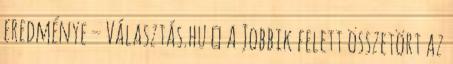
eredménye – Választás.hu ↑ A Jobbik felett összetört az